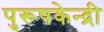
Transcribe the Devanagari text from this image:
पुरूषकेन्द्री